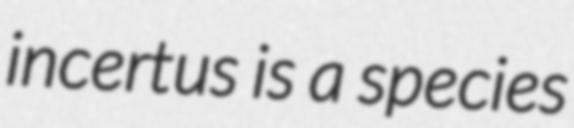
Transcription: incertus is a species